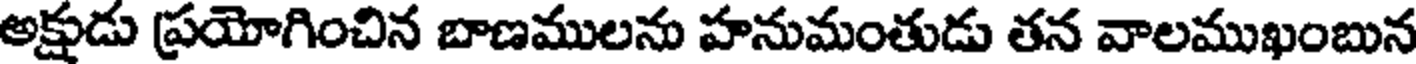
అక్షుడు ప్రయోగించిన బాణములను హనుమంతుడు తన వాలముఖంబున